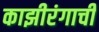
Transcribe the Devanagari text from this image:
काझीरंगाची